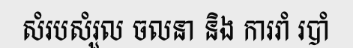
សំរបសំរួល ចលនា និង ការរាំ របាំ